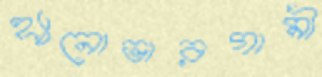
হ্যানোভারগামী